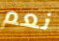
نعم